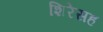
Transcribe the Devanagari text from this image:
शिरेसह